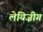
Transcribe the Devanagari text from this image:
लेयिज़ीग